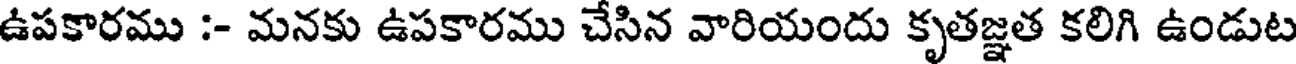
ఉపకారము :- మనకు ఉపకారము చేసిన వారియందు కృతజ్ఞత కలిగి ఉండుట